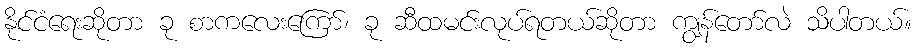
နိုင်ငံရေးဆိုတာ ခု စာကလေးကြော်၊ ခု ဆီထမင်းလုပ်ရတယ်ဆိုတာ ကျွန်တော်လဲ သိပါတယ်။